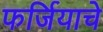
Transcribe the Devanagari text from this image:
फर्जियाचे